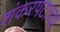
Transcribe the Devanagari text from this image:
शंकरपटाच्या